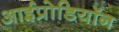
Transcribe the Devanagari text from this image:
आईप्रोडियॉन